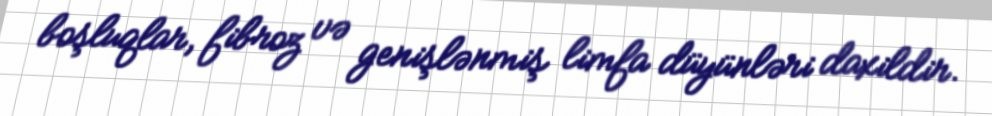
boşluqlar, fibroz və genişlənmiş limfa düyünləri daxildir.